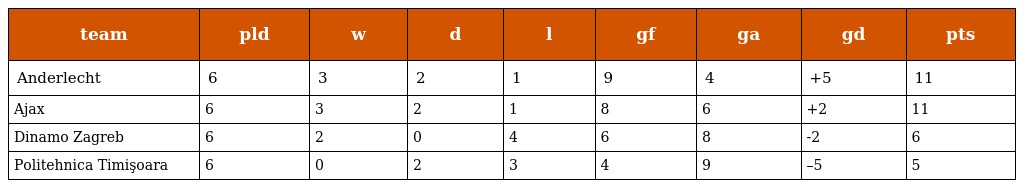
| team | pld | w | d | l | gf | ga | gd | pts |
 | --- | --- | --- | --- | --- | --- | --- | --- | --- |
 | Anderlecht | 6 | 3 | 2 | 1 | 9 | 4 | +5 | 11 |
 | Ajax | 6 | 3 | 2 | 1 | 8 | 6 | +2 | 11 |
 | Dinamo Zagreb | 6 | 2 | 0 | 4 | 6 | 8 | -2 | 6 |
 | Politehnica Timişoara | 6 | 0 | 2 | 3 | 4 | 9 | –5 | 5 |